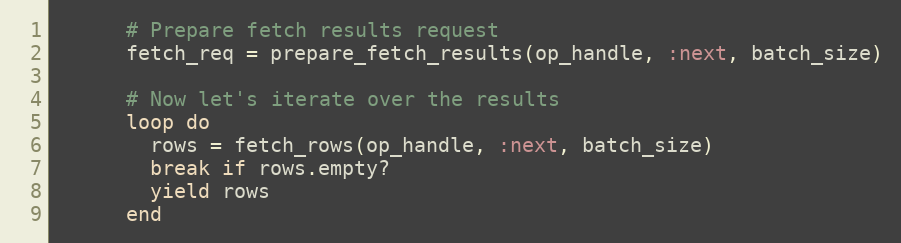
Language: Ruby
      # Prepare fetch results request
      fetch_req = prepare_fetch_results(op_handle, :next, batch_size)

      # Now let's iterate over the results
      loop do
        rows = fetch_rows(op_handle, :next, batch_size)
        break if rows.empty?
        yield rows
      end